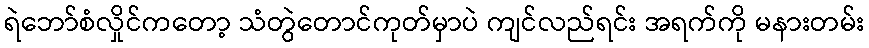
ရဲဘော်စံလှိုင်ကတော့ သံတွဲတောင်ကုတ်မှာပဲ ကျင်လည်ရင်း အရက်ကို မနားတမ်း